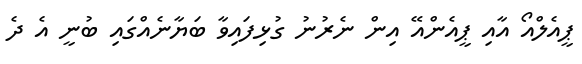
ޕީއެލްއޯ އާއި ޕީއެންއޭ އިން ނެރުނު ގުޅިފައިވާ ބަޔާނެއްގައި ބުނީ އެ ދެ